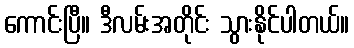
ကောင်းပြီ။ ဒီလမ်းအတိုင်း သွားနိုင်ပါတယ်။